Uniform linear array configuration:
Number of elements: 16
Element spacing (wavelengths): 0.25
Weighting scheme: cosine
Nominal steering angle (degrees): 15
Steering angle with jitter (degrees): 14.328
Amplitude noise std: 0.05
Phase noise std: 0.05

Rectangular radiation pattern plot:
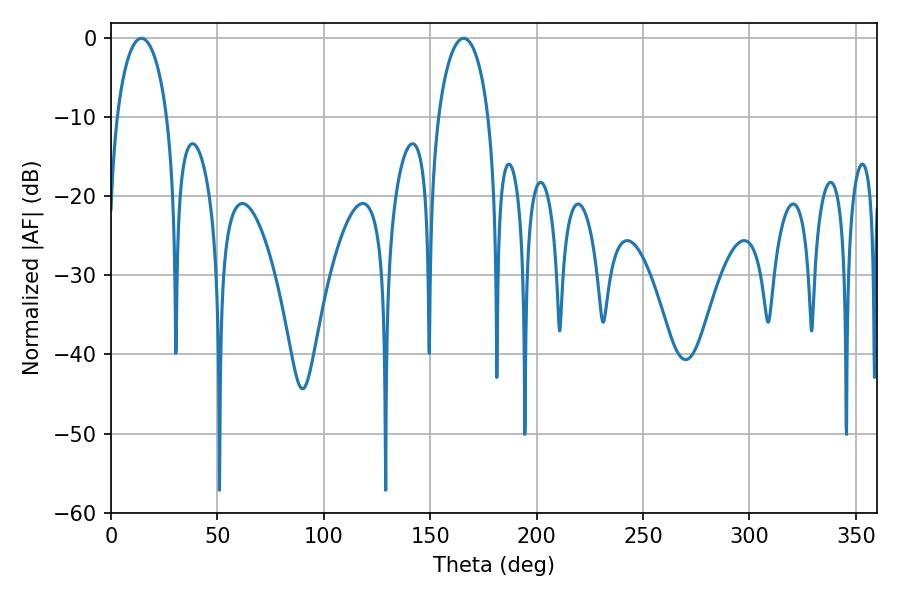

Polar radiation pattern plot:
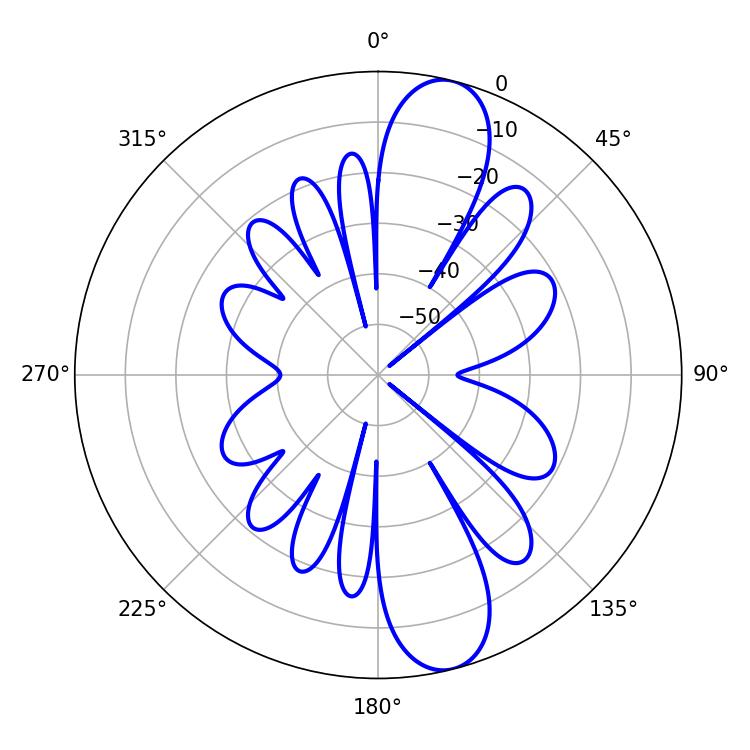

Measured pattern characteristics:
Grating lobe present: FALSE
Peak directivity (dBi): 11.879
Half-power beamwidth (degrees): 13.5
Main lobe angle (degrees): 14.22